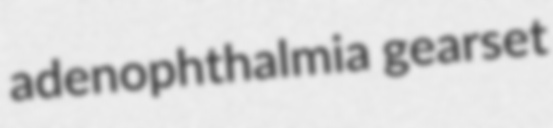
adenophthalmia gearset